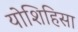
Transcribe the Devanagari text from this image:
योशिहिसा